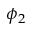
\phi _ { 2 }